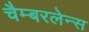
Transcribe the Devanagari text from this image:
चैम्बरलेन्स